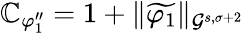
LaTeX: \mathbb{C}_{\varphi_{1}^{\prime\prime}}=1+\| \widetilde{{\varphi_{1}}}\| _{\mathcal{{G}}^{s,\sigma+2}}